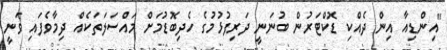
"އިންޑިއާ އިން ދެއްކި ޑޮކްޓަރުން ބުނަނީ ދަރިފުޅުމުގެ ހެދިބޮޑުމަށް މައްސަލަތަކެއް ދިމާވެފައި ވަނީ